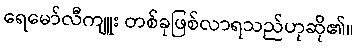
ရေမော်လီကျူး တစ်ခုဖြစ်လာရသည်ဟုဆို၏။